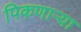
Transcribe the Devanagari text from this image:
पिकणाऱ्या